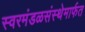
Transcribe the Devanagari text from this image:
स्वरमंडळसंस्थेमार्फत